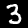
Label: 3